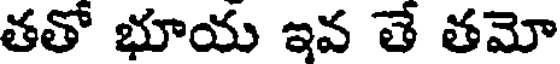
తతో భూయ ఇవ తే తమో